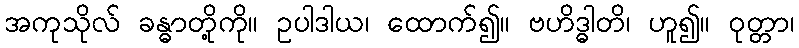
အကုသိုလ် ခန္ဓာတို့ကို။ ဥပါဒါယ၊ ထောက်၍။ ဗဟိဒ္ဓါတိ၊ ဟူ၍။ ဝုတ္တာ၊